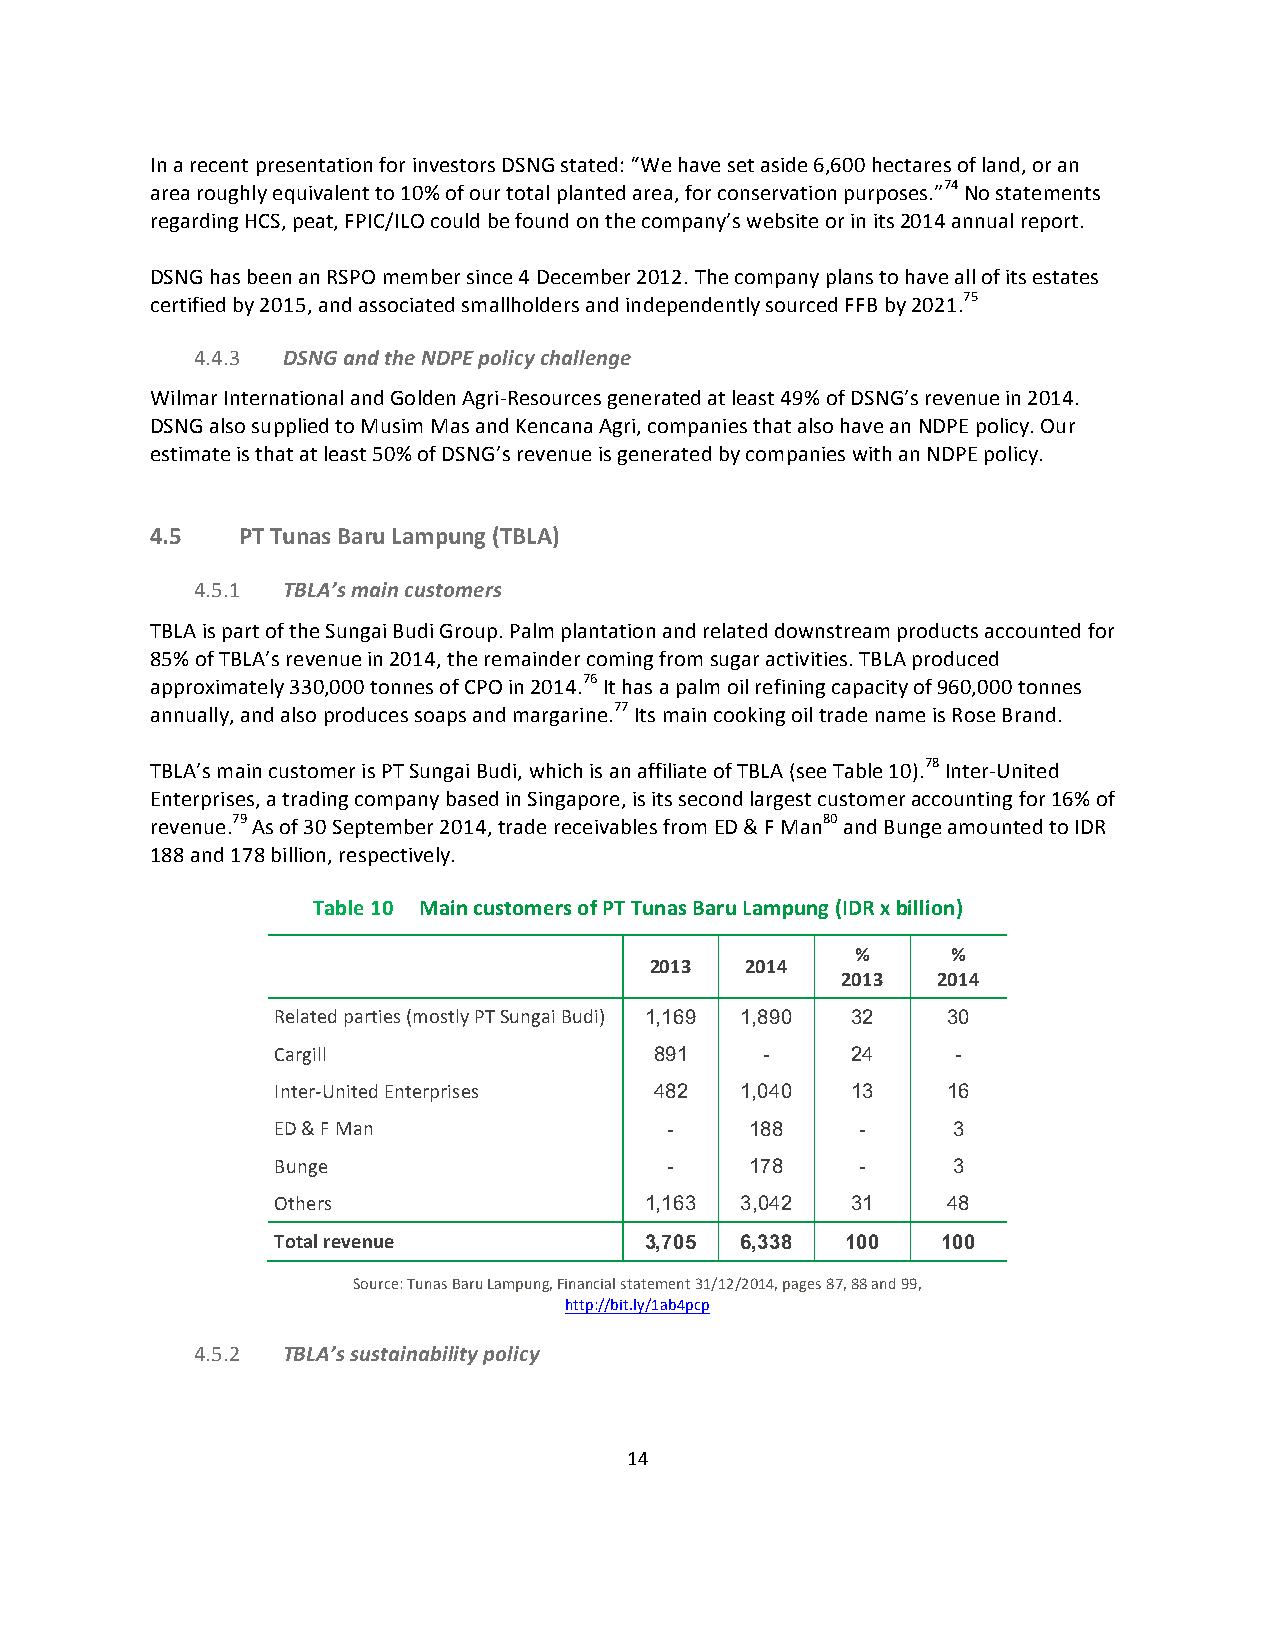
In a recent presentation for investors DSNG stated: “We have set aside 6,600 hectares of land, or an
 area roughly equivalent to 10% of our total planted area, for conservation purposes.”74 No statements
 regarding HCS, peat, FPIC/ILO could be found on the company’s website or in its 2014 annual report.
 DSNG has been an RSPO member since 4 December 2012. The company plans to have all of its estates
 certified by 2015, and associated smallholders and independently sourced FFB by 2021.75
 4.4.3 DSNG and the NDPE policy challenge
 Wilmar International and Golden Agri-­‐Resources generated at least 49% of DSNG’s revenue in 2014.
 DSNG also supplied to Musim Mas and Kencana Agri, companies that also have an NDPE policy. Our
 estimate is that at least 50% of DSNG’s revenue is generated by companies with an NDPE policy.
 4.5   PT Tunas Baru Lampung (TBLA)
 4.5.1 TBLA’s main customers
 TBLA is part of the Sungai Budi Group. Palm plantation and related downstream products accounted for
 85% of TBLA’s revenue in 2014, the remainder coming from sugar activities. TBLA produced
 approximately 330,000 tonnes of CPO in 2014.76 It has a palm oil refining capacity of 960,000 tonnes
 annually, and also produces soaps and margarine.77 Its main cooking oil trade name is Rose Brand.
 TBLA’s main customer is PT Sungai Budi, which is an affiliate of TBLA (see Table 10).78 Inter-­‐United
 Enterprises, a trading company based in Singapore, is its second largest customer accounting for 16% of
 revenue.79 As of 30 September 2014, trade receivables from ED & F Man80 and Bunge amounted to IDR
 188 and 178 billion, respectively.
 Table 10 Main customers of PT Tunas Baru Lampung (IDR x billion)
 %     %
 2013  2014
 2013  2014
 Related parties (mostly PT Sungai Budi) 1,169 1,890 32 30
 Cargill                  891     -    24     -
 Inter-­‐United Enterprises 482 1,040  13     16
 ED & F Man                -     188    -     3
 Bunge                     -     178    -     3
 Others                   1,163 3,042  31     48
 Total revenue            3,705 6,338  100   100
 Source: Tunas Baru Lampung, Financial statement 31/12/2014, pages 87, 88 and 99,
 http://bit.ly/1ab4pcp
 4.5.2 TBLA’s sustainability policy
 14